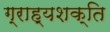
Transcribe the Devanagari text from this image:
ग्राह्यशक्ति